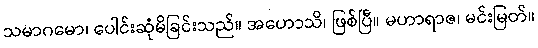
သမာဂမော၊ ပေါင်းဆုံမိခြင်းသည်။ အဟောသိ၊ ဖြစ်ပြီ။ မဟာရာဇ၊ မင်းမြတ်။